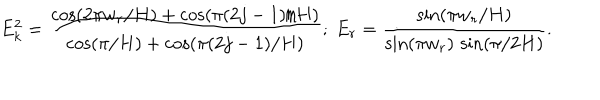
LaTeX: E _ { k } ^ { 2 } = \frac { \cos ( 2 \pi w _ { r } / H ) + \cos ( \pi ( 2 j - 1 ) / H ) } { \cos ( \pi / H ) + \cos ( \pi ( 2 j - 1 ) / H ) } ; ~ E _ { r } = \frac { \sin ( \pi w _ { r } / H ) } { \sin ( \pi w _ { r } ) \, \sin ( \pi / 2 H ) } .